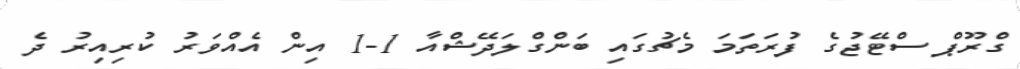
ގްރޫޕް ސްޓޭޖުގެ ފުރަތަމަ މެޗުގައި ބަންގްލަދޭޝްއާ 1-1 އިން އެއްވަރު ކުރިއިރު ދެ